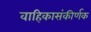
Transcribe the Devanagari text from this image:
वाहिकासंकीर्णक